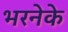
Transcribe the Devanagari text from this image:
भरनेके